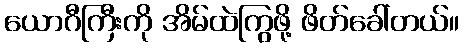
ယောဂီကြီးကို အိမ်ထဲကြွဖို့ ဖိတ်ခေါ်တယ်။